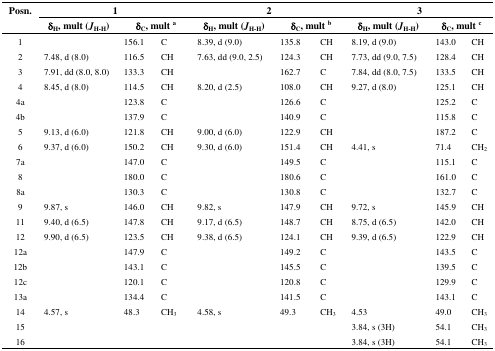
<table><thead><tr><td><b>Posn.</b></td><td colspan="3"><b>1</b></td><td colspan="3"><b>2</b></td><td colspan="3"><b>3</b></td></tr><tr><td></td><td><b>δ<sub>H</sub>, mult (<i>J</i><sub>H-H</sub>)</b></td><td colspan="2"><b>δ<sub>C</sub>, mult a</b></td><td><b>δ<sub>H</sub>, mult (<i>J</i><sub>H-H</sub>)</b></td><td colspan="2"><b>δ<sub>C</sub>, mult b</b></td><td><b>δ<sub>H</sub>, mult (<i>J</i><sub>H-H</sub>)</b></td><td colspan="2"><b>δ<sub>C</sub>, mult c</b></td></tr></thead><tbody><tr><td>1</td><td></td><td>156.1</td><td>C</td><td>8.39, d (9.0)</td><td>135.8</td><td>CH</td><td>8.19, d (9.0)</td><td>143.0</td><td>CH</td></tr><tr><td>2</td><td>7.48, d (8.0)</td><td>116.5</td><td>CH</td><td>7.63, dd (9.0, 2.5)</td><td>124.3</td><td>CH</td><td>7.73, dd (9.0, 7.5)</td><td>128.4</td><td>CH</td></tr><tr><td>3</td><td>7.91, dd (8.0, 8.0)</td><td>133.3</td><td>CH</td><td></td><td>162.7</td><td>C</td><td>7.84, dd (8.0, 7.5)</td><td>133.5</td><td>CH</td></tr><tr><td>4</td><td>8.45, d (8.0)</td><td>114.5</td><td>CH</td><td>8.20, d (2.5)</td><td>108.0</td><td>CH</td><td>9.27, d (8.0)</td><td>125.1</td><td>CH</td></tr><tr><td>4a</td><td></td><td>123.8</td><td>C</td><td></td><td>126.6</td><td>C</td><td></td><td>125.2</td><td>C</td></tr><tr><td>4b</td><td></td><td>137.9</td><td>C</td><td></td><td>140.9</td><td>C</td><td></td><td>115.8</td><td>C</td></tr><tr><td>5</td><td>9.13, d (6.0)</td><td>121.8</td><td>CH</td><td>9.00, d (6.0)</td><td>122.9</td><td>CH</td><td></td><td>187.2</td><td>C</td></tr><tr><td>6</td><td>9.37, d (6.0)</td><td>150.2</td><td>CH</td><td>9.30, d (6.0)</td><td>151.4</td><td>CH</td><td>4.41, s</td><td>71.4</td><td>CH<sub>2</sub></td></tr><tr><td>7a</td><td></td><td>147.0</td><td>C</td><td></td><td>149.5</td><td>C</td><td></td><td>115.1</td><td>C</td></tr><tr><td>8</td><td></td><td>180.0</td><td>C</td><td></td><td>180.6</td><td>C</td><td></td><td>161.0</td><td>C</td></tr><tr><td>8a</td><td></td><td>130.3</td><td>C</td><td></td><td>130.8</td><td>C</td><td></td><td>132.7</td><td>C</td></tr><tr><td>9</td><td>9.87, s</td><td>146.0</td><td>CH</td><td>9.82, s</td><td>147.9</td><td>CH</td><td>9.72, s</td><td>145.9</td><td>CH</td></tr><tr><td>11</td><td>9.40, d (6.5)</td><td>147.8</td><td>CH</td><td>9.17, d (6.5)</td><td>148.7</td><td>CH</td><td>8.75, d (6.5)</td><td>142.0</td><td>CH</td></tr><tr><td>12</td><td>9.90, d (6.5)</td><td>123.5</td><td>CH</td><td>9.38, d (6.5)</td><td>124.1</td><td>CH</td><td>9.39, d (6.5)</td><td>122.9</td><td>CH</td></tr><tr><td>12a</td><td></td><td>147.9</td><td>C</td><td></td><td>149.2</td><td>C</td><td></td><td>143.5</td><td>C</td></tr><tr><td>12b</td><td></td><td>143.1</td><td>C</td><td></td><td>145.5</td><td>C</td><td></td><td>139.5</td><td>C</td></tr><tr><td>12c</td><td></td><td>120.1</td><td>C</td><td></td><td>120.8</td><td>C</td><td></td><td>129.9</td><td>C</td></tr><tr><td>13a</td><td></td><td>134.4</td><td>C</td><td></td><td>141.5</td><td>C</td><td></td><td>143.1</td><td>C</td></tr><tr><td>14</td><td>4.57, s</td><td>48.3</td><td>CH<sub>3</sub></td><td>4.58, s</td><td>49.3</td><td>CH<sub>3</sub></td><td>4.53</td><td>49.0</td><td>CH<sub>3</sub></td></tr><tr><td>15</td><td></td><td></td><td></td><td></td><td></td><td></td><td>3.84, s (3H)</td><td>54.1</td><td>CH<sub>3</sub></td></tr><tr><td>16</td><td></td><td></td><td></td><td></td><td></td><td></td><td>3.84, s (3H)</td><td>54.1</td><td>CH<sub>3</sub></td></tr></tbody></table>